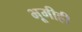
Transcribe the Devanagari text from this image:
भूमीही